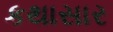
કથાસાર